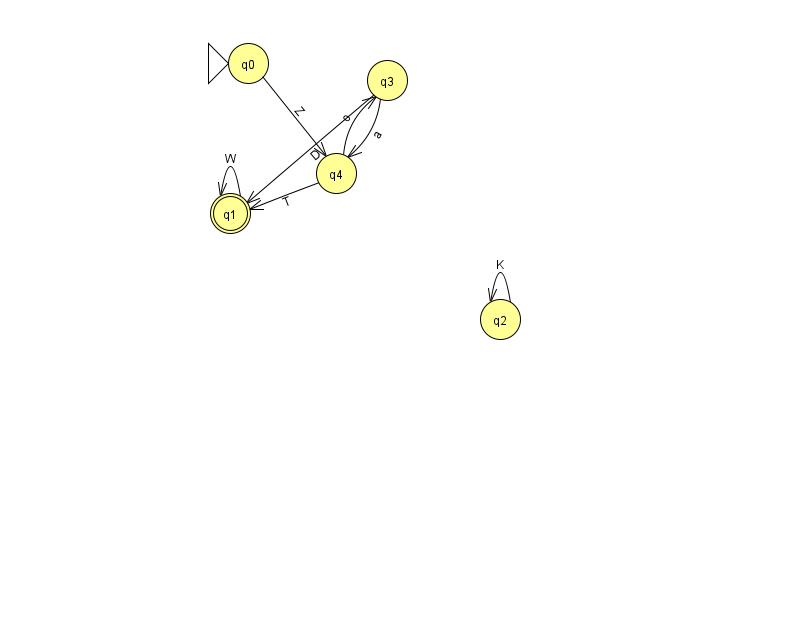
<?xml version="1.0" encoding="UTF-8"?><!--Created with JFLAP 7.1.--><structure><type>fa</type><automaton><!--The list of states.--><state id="0" name="q0"><x>248.0</x><y>50.0</y><initial/></state><state id="1" name="q1"><x>230.0</x><y>200.0</y><final/></state><state id="2" name="q2"><x>500.0</x><y>306.0</y></state><state id="3" name="q3"><x>387.0</x><y>67.0</y></state><state id="4" name="q4"><x>336.0</x><y>160.0</y></state><!--The list of transitions.--><transition><from>4</from><to>1</to><read>T</read></transition><transition><from>4</from><to>3</to><read>o</read></transition><transition><from>1</from><to>1</to><read>W</read></transition><transition><from>0</from><to>4</to><read>Z</read></transition><transition><from>3</from><to>1</to><read>D</read></transition><transition><from>3</from><to>4</to><read>a</read></transition><transition><from>2</from><to>2</to><read>K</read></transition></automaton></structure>